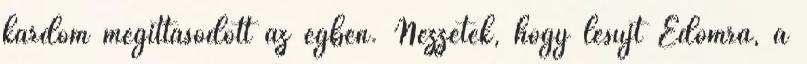
kardom megittasodott az égben. Nézzétek, hogy lesújt Edomra, a